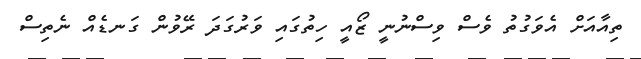
ތިއާއަށް އެވަގުތު ވެސް ވިސްނުނީ ޒޯއީ ހިތުގައި ވަރުގަދަ ރޭވުން ގަނޑެއް ނެތިސް